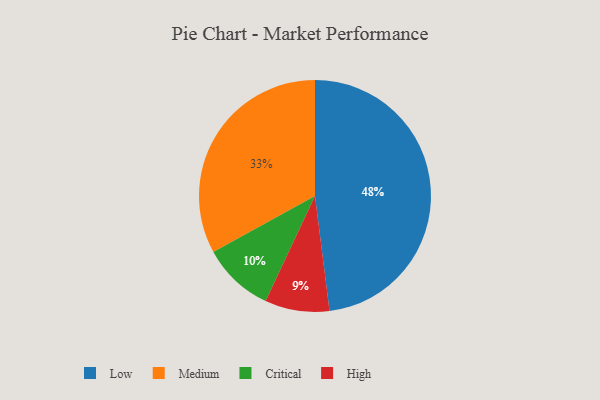
{"axis": {"x": "Category", "y": "Percentage"}, "legend": ["Critical", "High", "Low", "Medium"], "data": [{"x": "Low", "y": 48, "type": "Low"}, {"x": "High", "y": 9, "type": "High"}, {"x": "Medium", "y": 33, "type": "Medium"}, {"x": "Critical", "y": 10, "type": "Critical"}]}